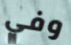
وفي